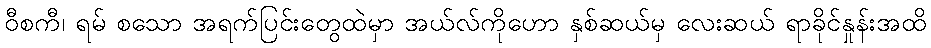
ဝီစကီ၊ ရမ် စသော အရက်ပြင်းတွေထဲမှာ အယ်လ်ကိုဟော နှစ်ဆယ်မှ လေးဆယ် ရာခိုင်နှုန်းအထိ